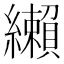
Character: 𦇛